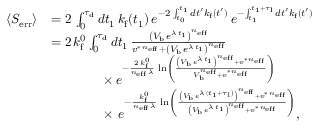
\begin{array} { r l } { \langle S _ { \mathrm { e r r } } \rangle } & { = 2 \, \int _ { 0 } ^ { \tau _ { \mathrm { d } } } d t _ { 1 } \, k _ { \mathrm { f } } ( t _ { 1 } ) \, e ^ { - 2 \, \int _ { t _ { 0 } } ^ { t _ { 1 } } d t ^ { \prime } k _ { \mathrm { f } } ( t ^ { \prime } ) } \, e ^ { - \int _ { t _ { 1 } } ^ { t _ { 1 } + \tau _ { \mathrm { l } } } d t ^ { \prime } k _ { \mathrm { f } } ( t ^ { \prime } ) } } \\ & { = 2 \, k _ { \mathrm { f } } ^ { 0 } \int _ { 0 } ^ { \tau _ { \mathrm { d } } } d t _ { 1 } \, \frac { \left( V _ { \mathrm { b } } \, e ^ { \lambda \, t _ { 1 } } \right) ^ { n _ { \mathrm { e f f } } } } { v ^ { \ast \, n _ { \mathrm { e f f } } } + \left( V _ { \mathrm { b } } \, e ^ { \lambda \, t _ { 1 } } \right) ^ { n _ { \mathrm { e f f } } } } } \\ & { \qquad \qquad \times \, e ^ { - \frac { 2 \, k _ { \mathrm { f } } ^ { 0 } } { n _ { \mathrm { e f f } } \, \lambda } \, \ln \left( \frac { \left( V _ { \mathrm { b } } \, e ^ { \lambda \, t _ { 1 } } \right) ^ { n _ { \mathrm { e f f } } } + v ^ { \ast \, n _ { \mathrm { e f f } } } } { V _ { \mathrm { b } } ^ { n _ { \mathrm { e f f } } } + v ^ { \ast \, n _ { \mathrm { e f f } } } } \right) } } \\ & { \qquad \qquad \times \, \, e ^ { - \frac { k _ { \mathrm { f } } ^ { 0 } } { n _ { \mathrm { e f f } } \, \lambda } \, \ln \left( \frac { \left( V _ { \mathrm { b } } \, e ^ { \lambda \, ( t _ { 1 } + \tau _ { l } ) } \right) ^ { n _ { \mathrm { e f f } } } + v ^ { \ast \, n _ { \mathrm { e f f } } } } { \left( V _ { \mathrm { b } } \, e ^ { \lambda \, t _ { 1 } } \right) ^ { n _ { \mathrm { e f f } } } + v ^ { \ast \, n _ { \mathrm { e f f } } } } \right) } , } \end{array}